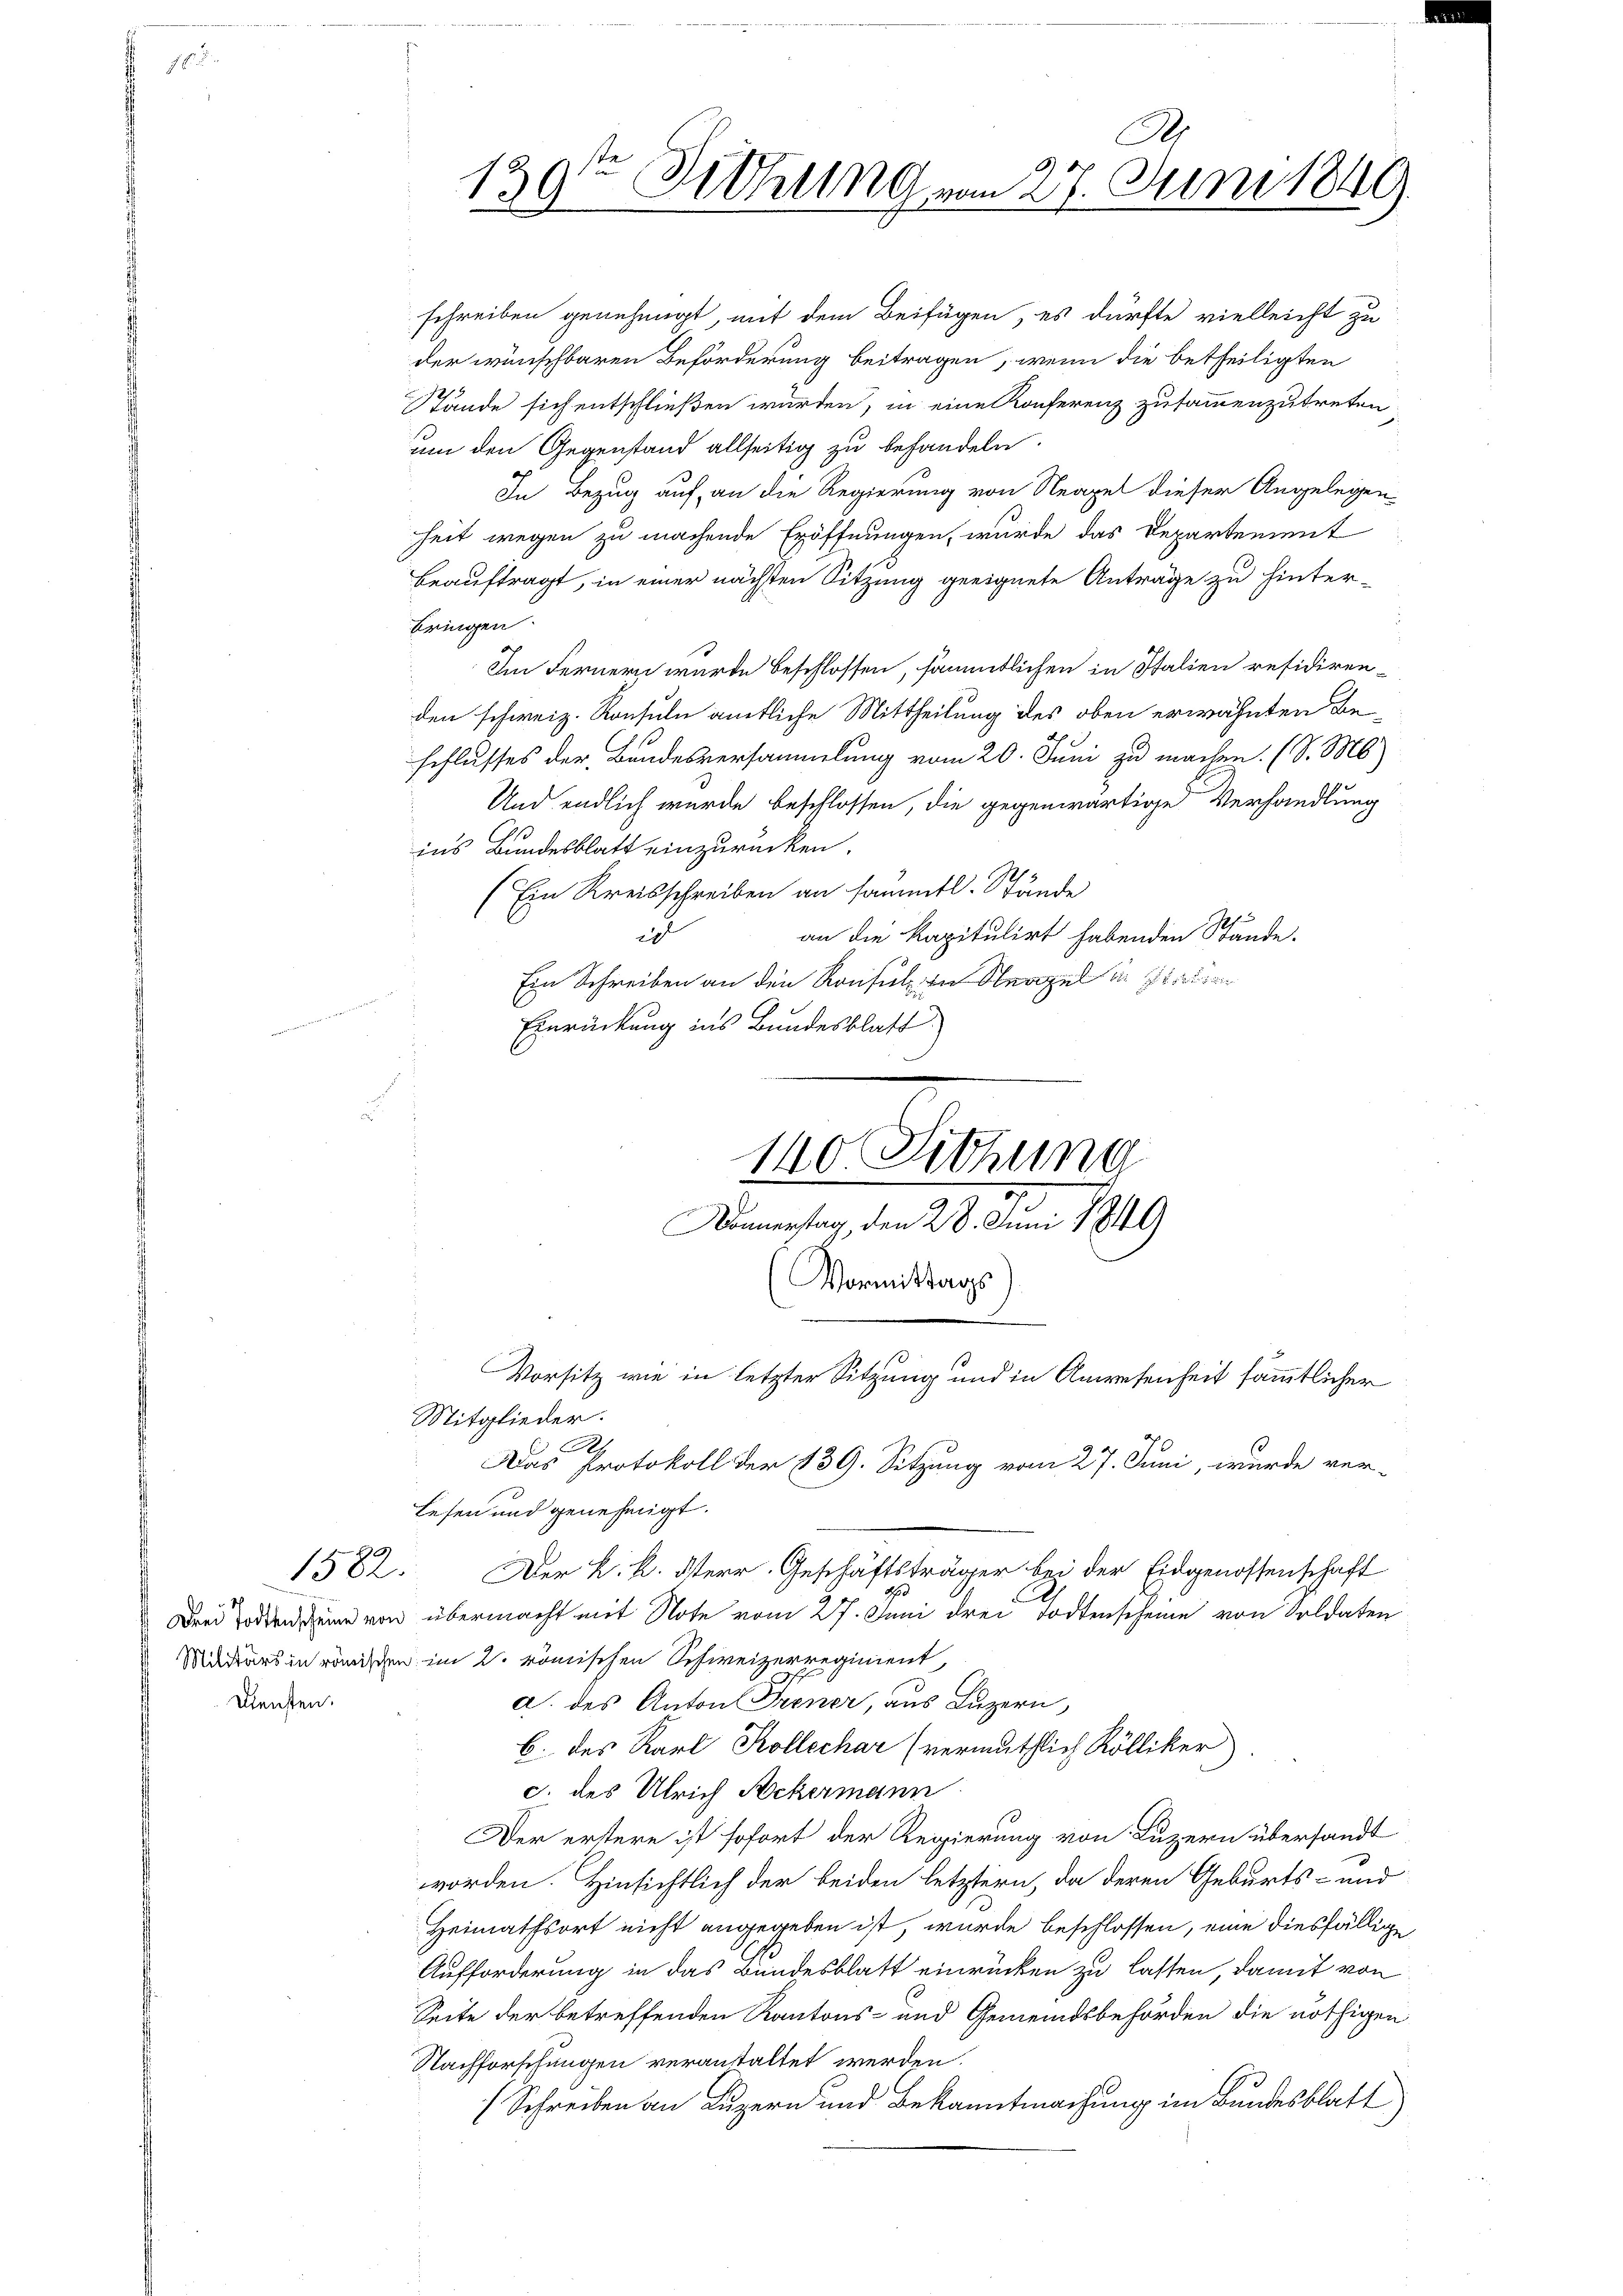
0
1581.

Diensten.

schreiben genehmigt, mit dem Beifügen, es dürfte vielleicht zu
der wünschbaren Beförderung beitragen, wenn die betheiligten
Stände sich entschließen wurden, in eine Konferenz zusammenzutreten
um den Gegenstand allseitig zu behandeln.
In Bezug auf an die Regierung von Neapel dieser Angelegen-
heit wegen zu machende Eröffnungen, wurde das Departement
beauftragt, in einer nächsten Sitzung geeignete Anträge zu hinter-
bringen.
d
Im Fernern wurde beschlossen, sämmtlichen in Italien residirenden schweiz. Konsuln amtliche Mittheilung des oben erwähnten Beschlusses der Bandesversammlung vom 20. Juni zu machen. (S. MS
Und endlich wurde beschlossen, die gegenwärtige Verhandlung
ins Bundesblatt einzurücken.
13
(Ein Kreisschreiben an sämmtl. Stände
an die kapitulirt habenden Stände.
i
Ein Schreiben an den Konsul in Neapel in Frauen
Einrückung ins Bundesblatt
140 Sitzung

A
18
Aehung vom 27. Juni 1849.
139

Vorsitz wie in letzter Sitzung und in Anwesenheit sämmtlicher
Das Protokoll der 139. Sitzung vom 27. Juni, wurde ver-

Mitglieder.
h
Lesen und genehmigt.
Drei Todten une von übermacht mit Note vom 27. Juni drei Todtenscheine von Soldaten
Midiers in römischen im 2. römischen Schweizerregiment,
a. des Anton Frener, aus Luzern,
b. des Karl Kollechar (vermuthlich Kölliker.
c. des Ulrich Ackermann
Der erstere ist sofort der Regierung von Luzern übersandt
worden. Hinsichtlich der beiden letztern, da deren Geburts- und
Heimathsort nicht angegeben ist, wurde beschlossen, eine diesfällige
Aufforderung in das Bundesblatt einrücken zu lassen, damit von
Seite der betreffenden Kantons- und Gemeindsbehörden die nöthigen
Nachforschungen veranstaltet werden.
(Schreiben an Luzern und Bekanntmachung im Bundesblatt

Donnerstag, den 28. Juni 1849
(Vormittags

Der L. K. Herr Geschäftsträger bei der Eidgenossenschaft